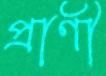
প্রাণী